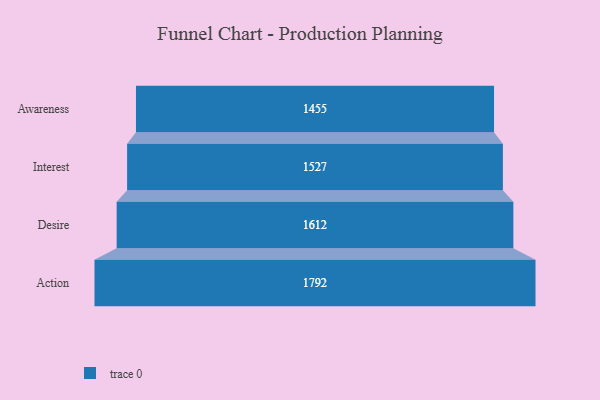
{"axis": {"x": "Stage", "y": "Value"}, "legend": [""], "data": [{"x": "Awareness", "y": 1455.0, "type": ""}, {"x": "Interest", "y": 1527.0, "type": ""}, {"x": "Desire", "y": 1612.0, "type": ""}, {"x": "Action", "y": 1792.0, "type": ""}]}